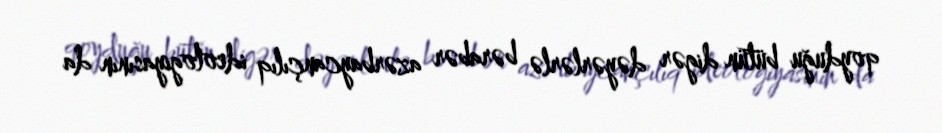
qoyduğu bütün digər dəyərlərlə bərabər azərbaycançılıq ideologiyasının da